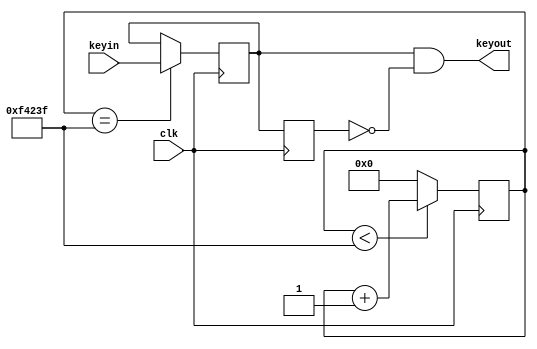
`timescale 1ns / 1ps
//////////////////////////////////////////////////////////////////////////////////
// Company: 
// Engineer: 
// 
// Design Name: 
// Module Name: keys
// Project Name: 
// Target Devices: 
// Tool Versions: 
// Description: 
// 
// Dependencies: 
// 
// Revision:
// Revision 0.01 - File Created
// Additional Comments:
// 
//////////////////////////////////////////////////////////////////////////////////

module keysprocess
#(
    parameter W = 1
)(
    input clk,
    input [W - 1 : 0] keyin,
    output [W - 1 : 0] keyout
);
    reg [19 : 0] cnt10ms; initial cnt10ms = 0;
    always@(posedge clk)
    begin
        if(cnt10ms < 20'd999999)
            cnt10ms <= cnt10ms + 20'b1;
        else
            cnt10ms <= 20'b0;
    end
    
    reg [W - 1 : 0] keysmp; initial keysmp = 0;
    always@(posedge clk)
    begin
        if(cnt10ms == 20'd999999)
            keysmp <= keyin;
    end
    
    reg [W - 1 : 0] keydly; initial keydly = 0;
    always@(posedge clk)
    begin
        keydly <= keysmp;
    end
    
    assign keyout = keysmp & ~keydly;

endmodule